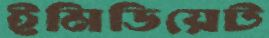
ইমিডিয়েট